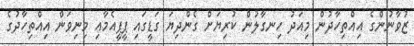
ޒުވާނުންގެ އިއްތިހާދުން މިއަދު ހިނގާލުން ކުރިޔަށް ގެންދިޔަ ގަޑީގައި ޕީޕީއެމާއި މިނިވަން އިއްތިހާދުގެ